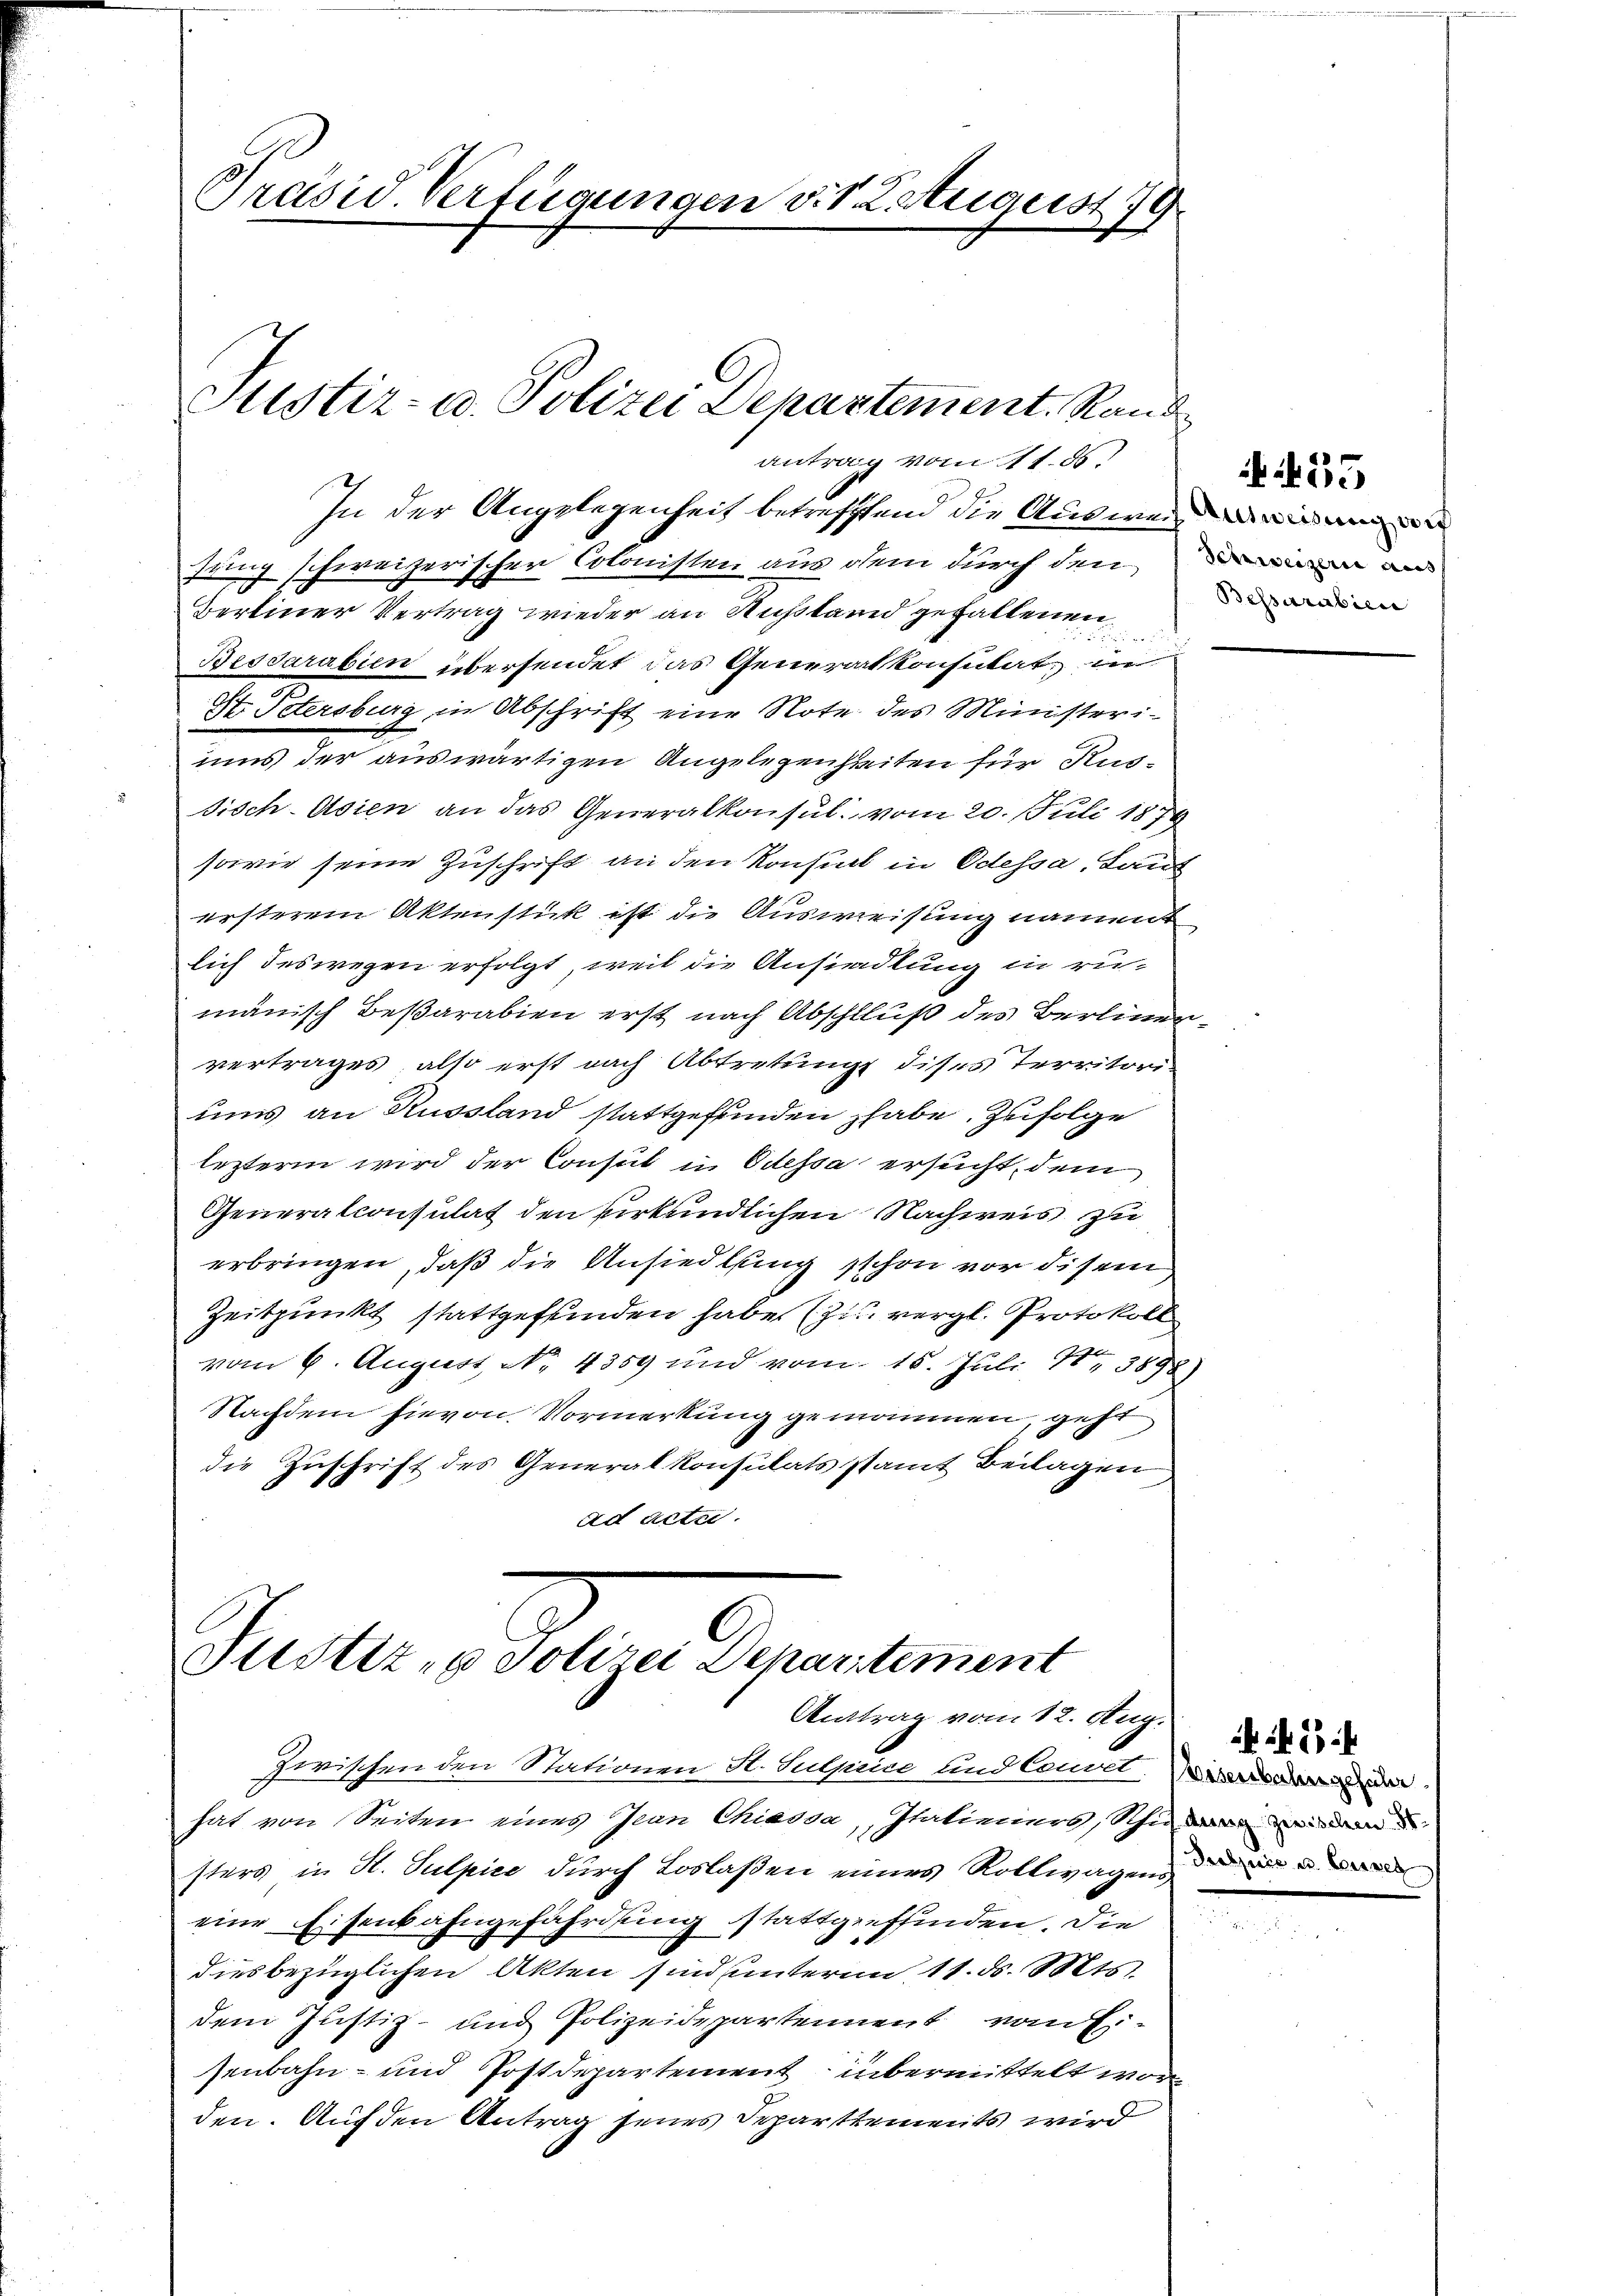
Präsid. Verfügungen v. 1. August 19.

Justiz- u. Polizei Departement. Rand
antrag vom 11. 85.
In der Angelegenheit betreffend die Ausweifung schweizerischen Colonisten aus dem durch denn a

Berliner Vertrag wieder an Austand gefallenen
Besdarabien übersendet das Generart konsulat, in
St. Petersburg in Abschrift eine Note des Ministeriums der auswärtigen Angelegenheiten für Kus-
sisch-Asien an das Generalkonsul vom 20. Juli 1879
sowie seine Zuschrift an den Konsul in Odessa, Laut
ersterem Aktenstück ist die Ausweisung nament
lich deswegen erfolgt, weil die Ansiedlung in ru-
mänisch Beßarabien erst nach Abschluß des Berlinervertrages, also erst nach Abtretung dises Territori-
ums an Russland stattgefunden habe. Zufolge
lezteren wird der Consul in Odessa ersucht, dem
Generalconsulat den urkundlichen Nachweis zu
erbringen, daß die Ansiedlung schon vor disem
Zeitpunkt stattgefunden habe (zu vergl. Protokoll
vom 6. August No. 4359 und vom 15. Juli 18. 3898
Nachdem hievon Vormerkung genommen, geht
die Zuschrift des Generalkonsulats stamt Beilagen
ad acte.

Zwischen den Stationen St. Suprice und Convet. Wiede
hat von Seiten eines Jean Chiassa, Italieniers, ihn den
sters in St. Sulpice durch Loslaßen einers Rollwagens
eine Eisenbahngefährdung stattgeffinden. Die
diesbezüglichen Akten sind unterm 11. d. Mts.
dem Justiz- und Polizeidepartement vom Eisenbahn- und Postdepartement übermittelt worden. Auf den Antrag seines Departements wird

Justiz- & Polizei Departement
Antrag vom 12. Aug.

Bessarabien

35

2